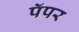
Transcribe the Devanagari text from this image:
पॅपर